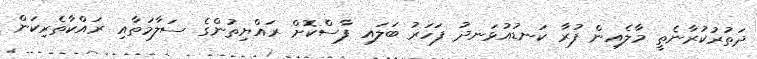
ދަތުރުކުރާނެތީ މާލެއިން ފުރާ ކަނޑުއުޅަނދު ފަހަރު ބަލައި ފާސްކޮށް ރައްޔިތުންގެ ސަލާމަތާއި ރައްކާތެރިކަން